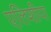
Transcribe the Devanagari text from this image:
एलिशीया